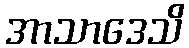
အာသာဒေသိ